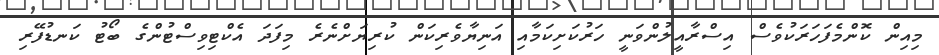
މިއިން ކޮންމެފަހަރަކުވެސް އިސްރާއީލުންވަނީ ހަރުކަށިކަމާއި އަނިޔާވެރިކަން ކުރިޔަށްނެރެ މިފަދަ އެކްޓިވިސްޓުންގެ ބޯޓު ކަނޑުފޭރި